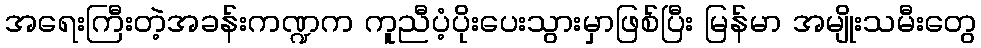
အရေးကြီးတဲ့အခန်းကဏ္ဍက ကူညီပံ့ပိုးပေးသွားမှာဖြစ်ပြီး မြန်မာ အမျိုးသမီးတွေ